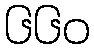
၆၆၀